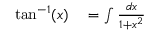
\begin{array} { r l } { \tan ^ { - 1 } ( x ) } & { { } = \int { \frac { d x } { 1 + x ^ { 2 } } } } \end{array}